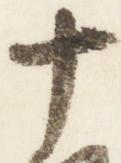
十